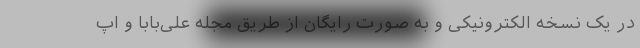
در یک نسخه الکترونیکی و به صورت رایگان از طریق مجله علی‌بابا و اپ